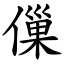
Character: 㑿